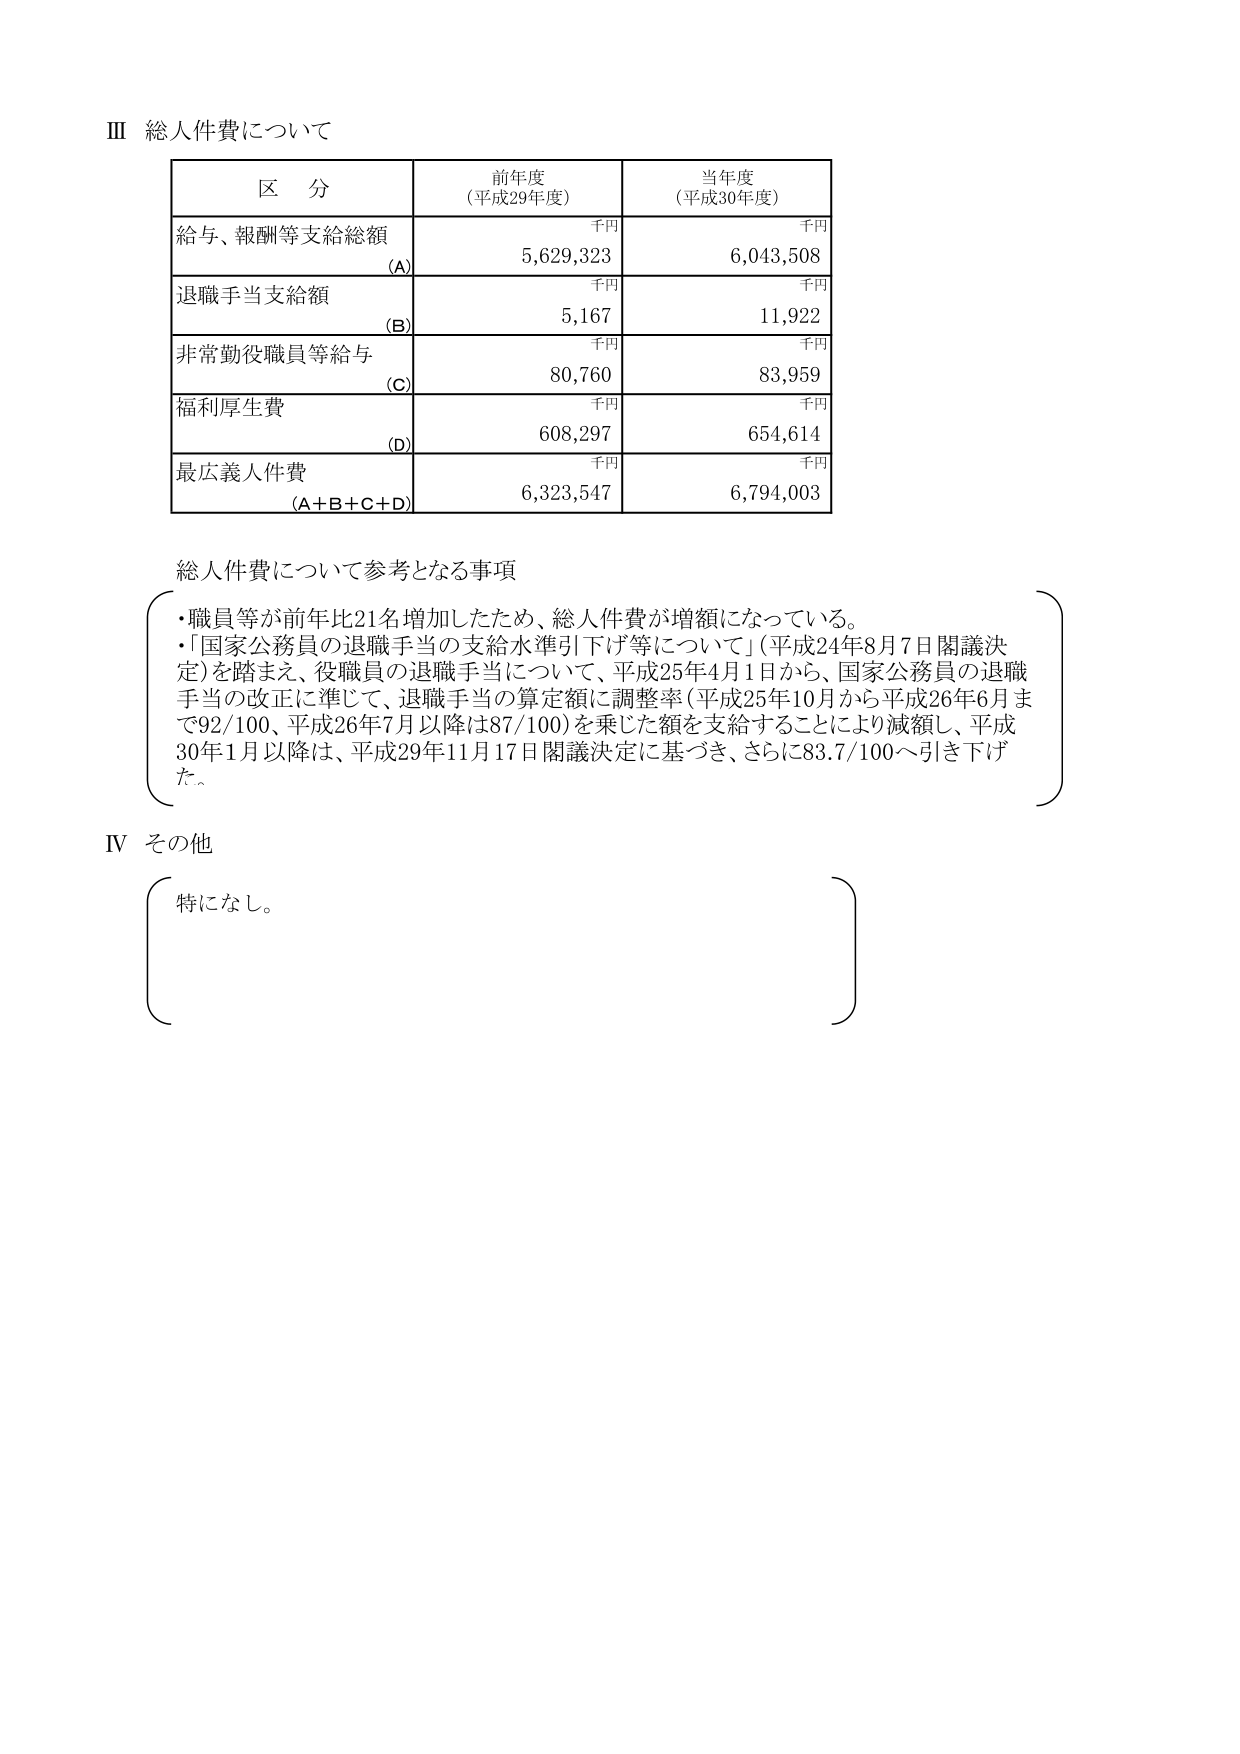
Ⅲ 総人件費について

区 分　　　　　　　　　前年度（平成29年度）　　　当年度（平成30年度）
　　　　　　　　　　　　千円　　　　　　　　　　千円
給与、報酬等支給総額　　　5,629,323　　　　　　6,043,508
　　　　　　　　　　　　(A)
　　　　　　　　　　　　千円　　　　　　　　　　千円
退職手当支給額　　　　　　5,167　　　　　　　　11,922
　　　　　　　　　　　　(B)
　　　　　　　　　　　　千円　　　　　　　　　　千円
非常勤役職員等給与　　　　80,760　　　　　　　　83,959
　　　　　　　　　　　　(C)
　　　　　　　　　　　　千円　　　　　　　　　　千円
福利厚生費　　　　　　　　608,297　　　　　　　654,614
　　　　　　　　　　　　(D)
　　　　　　　　　　　　千円　　　　　　　　　　千円
最広義人件費　　　　　　6,323,547　　　　　　6,794,003
　　　　　　　　　　　　(A+B+C+D)

総人件費について参考となる事項
・職員等が前年比21名増加したため、総人件費が増額になっている。
・「国家公務員の退職手当の支給水準引下げ等について」（平成24年8月7日閣議決定）を踏まえ、役職員の退職手当について、平成25年4月1日から、国家公務員の退職手当の改正に準じて、退職手当の算定額に調整率（平成25年10月から平成26年6月まで92/100、平成26年7月以降は87/100）を乗じた額を支給することにより減額し、平成30年1月以降は、平成29年11月17日閣議決定に基づき、さらに83.7/100へ引き下げた。

Ⅳ その他
特になし。